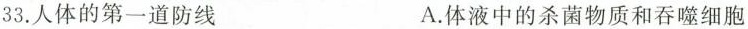
33.人体的第一道防线 A.体液中的杀菌物质和吞噬细胞